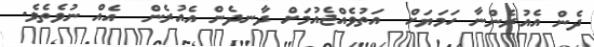
ދެން އެއުރެންނާ ހަމަޔަށް  އަތުވެއްޖެއުމަށް ދާނދެން އެއުރެން  އެއް ނުވެތެވެ.